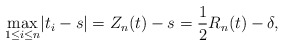
\begin{gather*}\underset{1\leq i\leq n} \max|t_i - s| = Z_n(t) -s =\frac{1}{2}R_n(t) - \delta,\end{gather*}